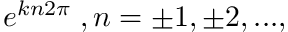
\; e ^ { k n 2 \pi } \; , n = \pm 1 , \pm 2 , . . . ,